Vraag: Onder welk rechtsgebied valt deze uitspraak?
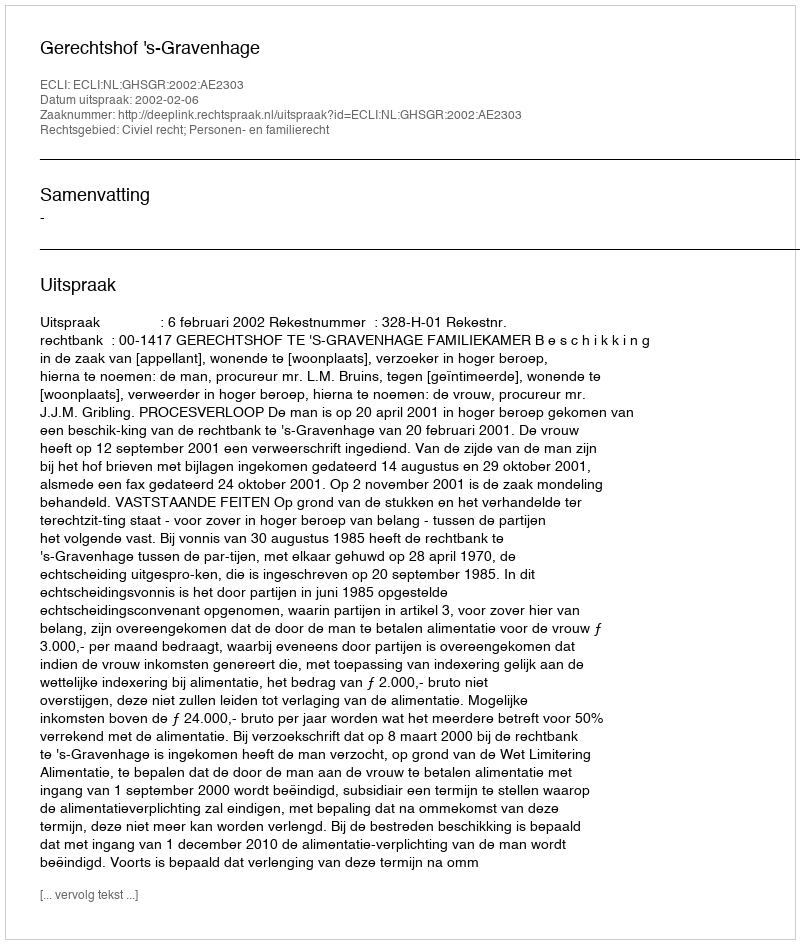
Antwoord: Civiel recht; Personen- en familierecht